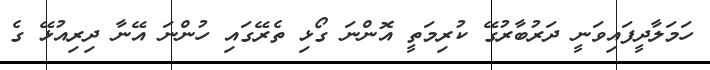
ހަމަލާދީފައިވަނީ ދަރުބާރުގޭ ކުރިމަތީ އޮންނަ ގޯޅި ތެރޭގައި ހުންނަ އޭނާ ދިރިއުޅޭ ގެ